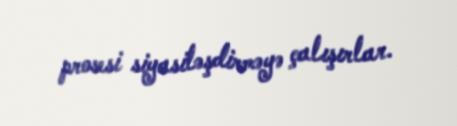
prosesi siyasiləşdirməyə çalışırlar.